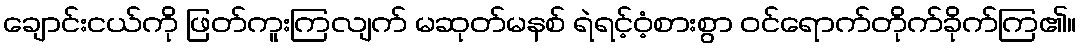
ချောင်းငယ်ကို ဖြတ်ကူးကြလျက် မဆုတ်မနစ် ရဲရင့်ဝံ့စားစွာ ဝင်ရောက်တိုက်ခိုက်ကြ၏။